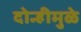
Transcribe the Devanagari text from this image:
दोन्हीमुळे